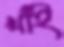
খাঁই